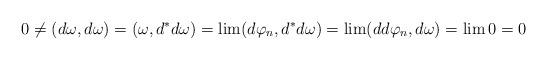
LaTeX: \begin{align*}0\ne (d\omega,d\omega) = (\omega,d^*d\omega)= \lim( d\varphi_n,d^*d\omega)=\lim (dd\varphi_n,d\omega)=\lim 0 =0\end{align*}